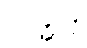
ဝတ္တေသိ